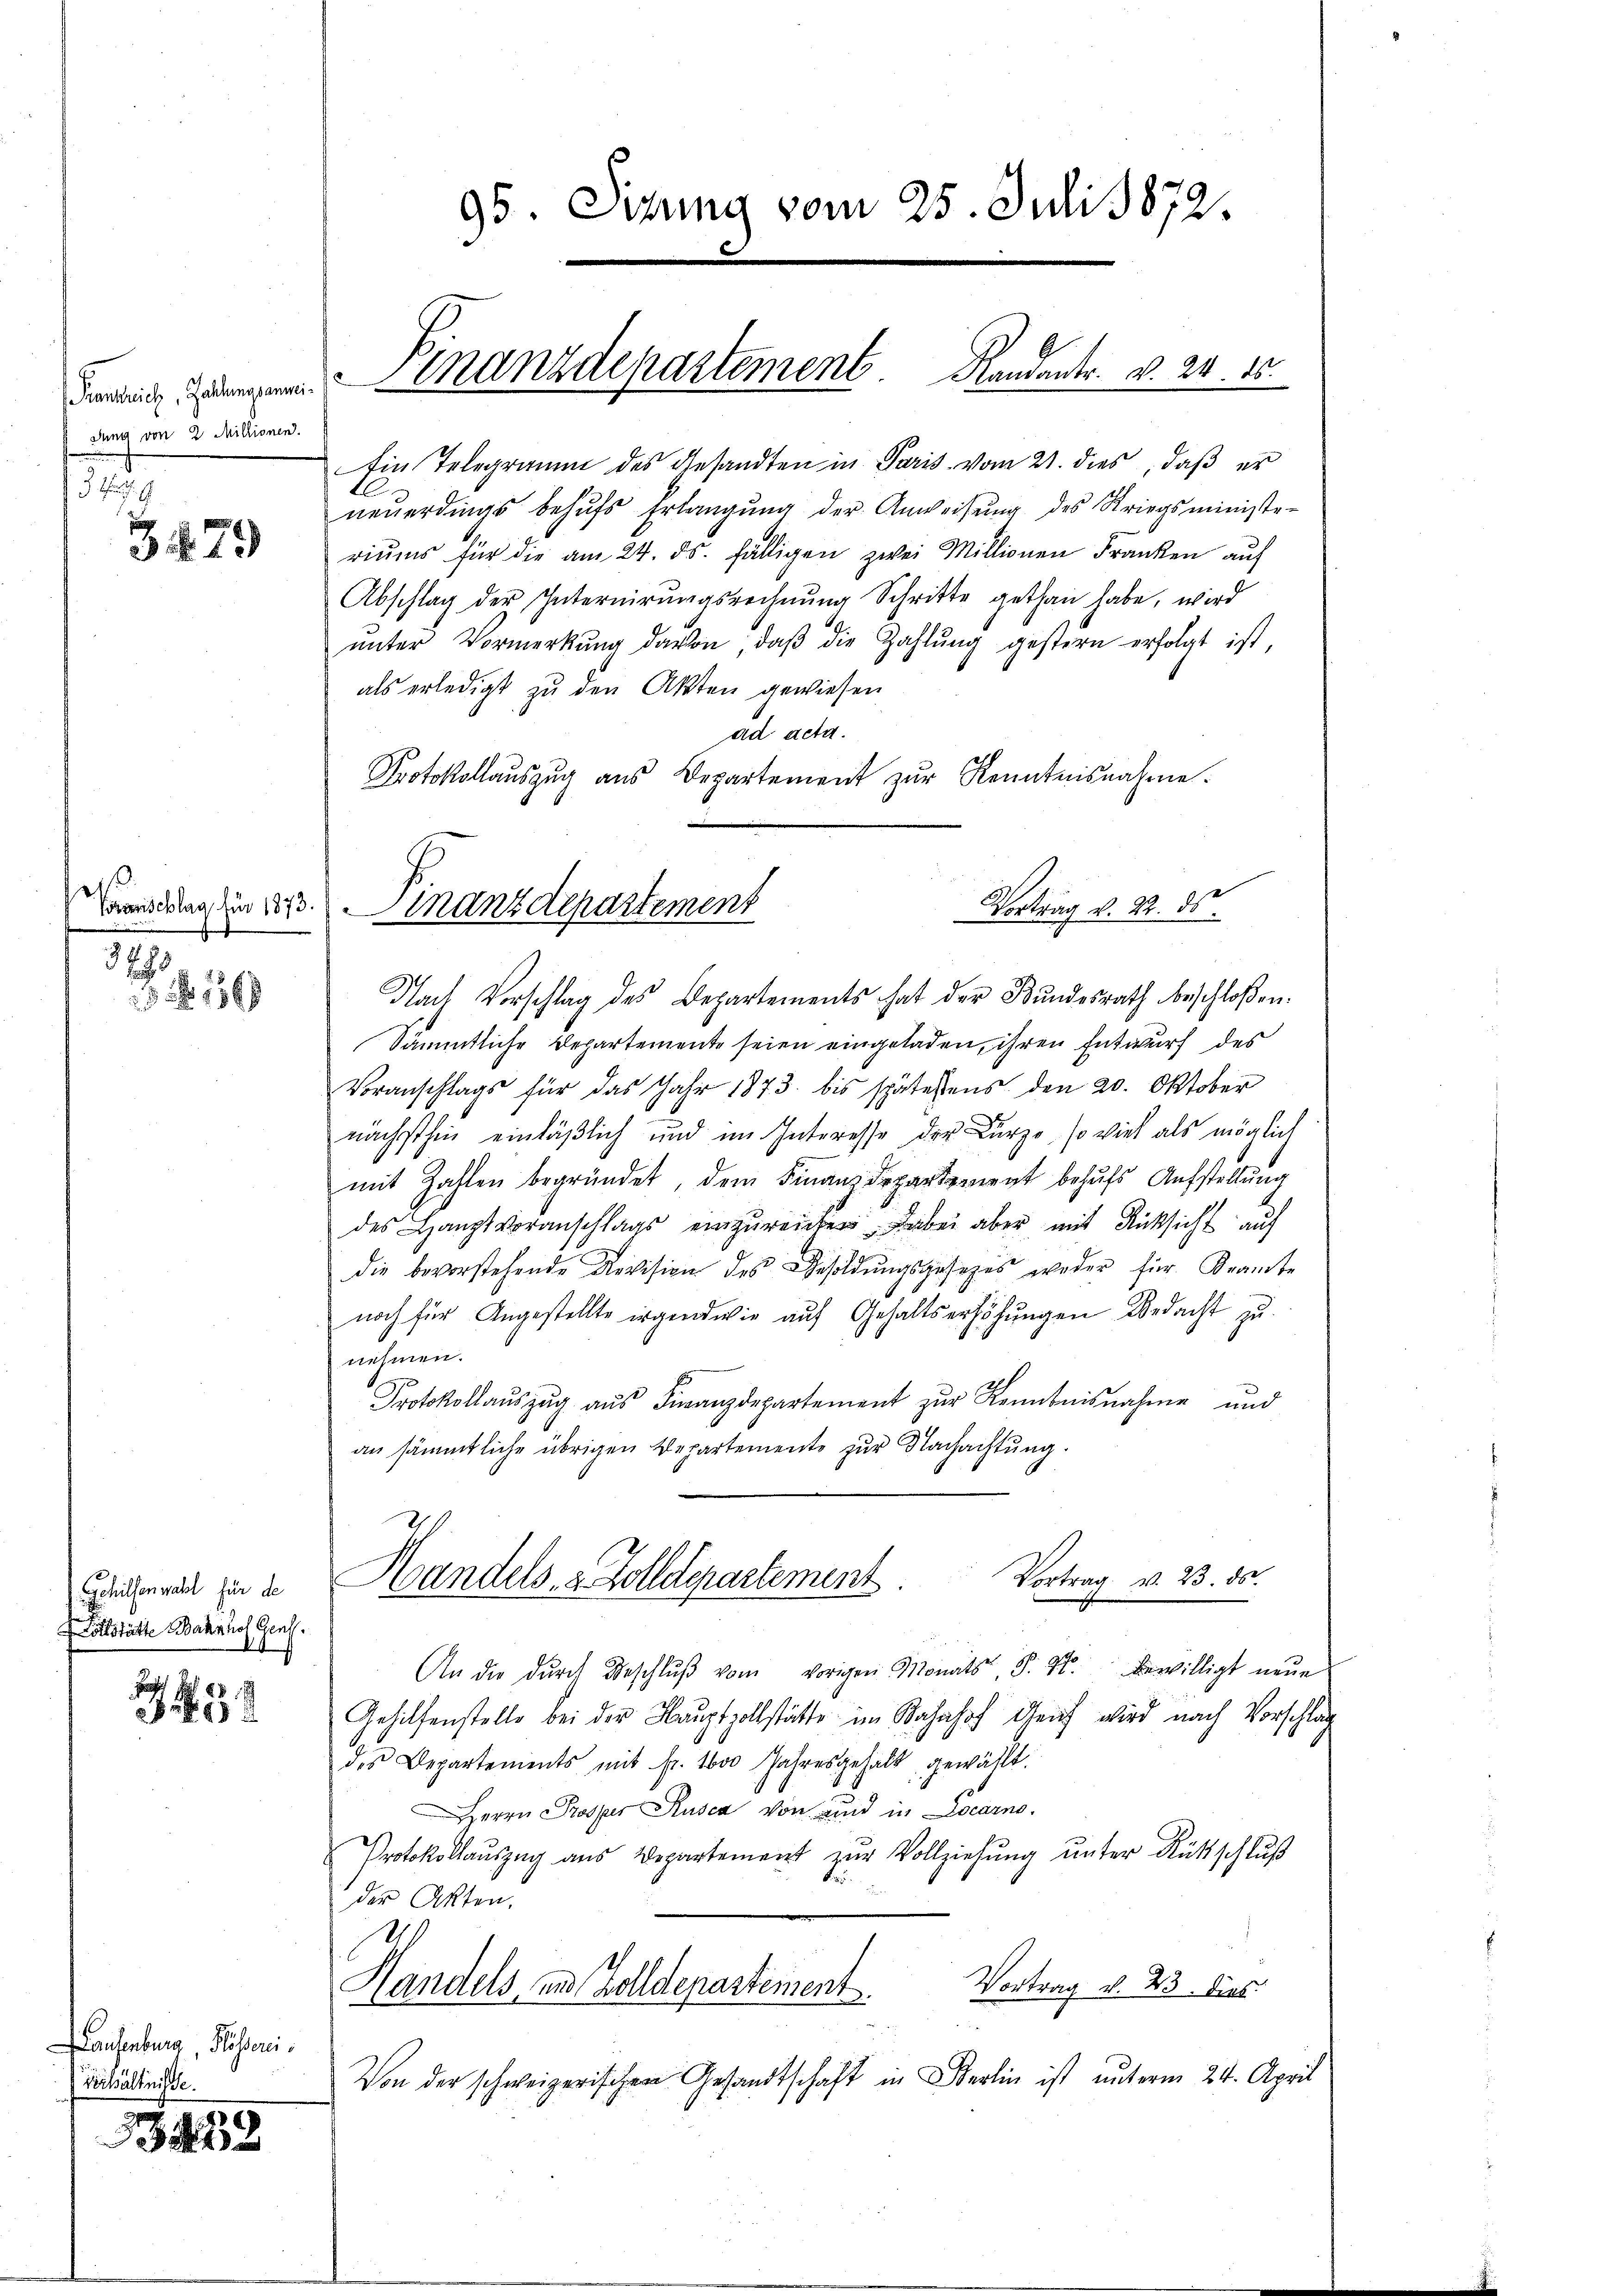
Krankreich, Zahlungsanmeidung von 2 Millionen.
579

3479

Voranschlag für 1873.
3295

136

Schillenwahl für de
ollstätte Bahnhof Genf.

232

auenburg Pissori
Verhältnisse.

3438

95. Sizung vom 25. Juli 1872.

Ein Telegramm des Gesandten in Paris vom 21. dies, daß er
neŭerdings behŭfs Erlangŭng der Anweisŭng des Kriegsminister
riŭms für die am 24. ds. fälligen zwei Millionen Franken auf
Abschlag der Internirŭngsrechnŭng Schritte gethan habe, wird
ŭnter Vormerkŭng davon, daβ die Zahlŭng gestern erfolgt ist,
als erledigt zu den Akten gewiesen
ad acta.
Protokollauszug aus Departement zur Kenntnisnahme.
Nach Vorschlag des Departements hat der Bundesrath beschloßen:
Sämmtliche Departemente seien eingeladen, ihren Entwurf des
Voranschlags für das Jahr 1873 bis spätestens den 20. Oktober
nächsthin einläßlich und im Interesse der Kurze, so viel als möglich
mit Zahlen begründet, dem Finanzdepartement behŭfs Aufstellŭng
des Hauptveranschlags einzŭreichen, dabei aber mit Rücksicht auf
die bevorstehende Revision des Besoldŭngsgesezes weder für Krante
noch für Angestellte irgendwie aŭf Gehaltserhöhŭngen Bedacht zu
nehmen.
Protokollaŭszŭg aŭs Finanzdepartement zŭr Kenntnisnahme und
an sämmtliche übrigen Departemente zur Nachachtung.
Vortrag v. 23. ds.
Handels- & Zolldepartement
An die dŭrch Beschlŭβ vom vorigen Monats S. 44. Bewilligt neŭe
Gehilfenstelle bei der Hauptzollstätte im Bahnhof Genf wird nach Vorschlag
des Departements mit Fr. 1600 Jahresgehalt gewählt.
Herrn Prosper Rusca von sind in Locarno.
Protokollauszug aus Departement zur Vollziehung unter Rüttschluß

der Akten,
21.
Vortrag v. 23. Dies
Handels, und Zolldepartement
Von der schweizerischen Gesandtschaft in Berlin ist unterm 24. April

Finanzdepartement Randanter. v. 24 25.

Vortrag v. 22. ds.
mnanzdepartement